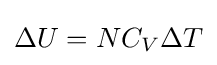
\Delta U=NC_{V}\Delta T